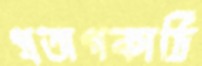
প্রতাপকাঠি